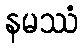
နမဿံ